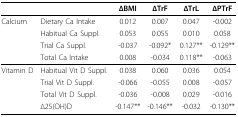
<table><thead><tr><td></td><td></td><td><b>ΔBMI</b></td><td><b>ΔTrF</b></td><td><b>ΔTrL</b></td><td><b>ΔPTrF</b></td></tr></thead><tbody><tr><td>Calcium</td><td>Dietary Ca Intake</td><td>0.012</td><td>0.007</td><td>0.047</td><td>-0.002</td></tr><tr><td></td><td>Habitual Ca Suppl.</td><td>0.053</td><td>0.055</td><td>0.010</td><td>0.058</td></tr><tr><td></td><td>Trial Ca Suppl.</td><td>-0.037</td><td>-0.092*</td><td>0.127**</td><td>-0.129**</td></tr><tr><td></td><td>Total Ca Intake</td><td>0.008</td><td>-0.034</td><td>0.118**</td><td>-0.063</td></tr><tr><td>Vitamin D</td><td>Habitual Vit D Suppl.</td><td>0.038</td><td>0.060</td><td>0.036</td><td>0.054</td></tr><tr><td></td><td>Trial Vit D Suppl.</td><td>-0.066</td><td>-0.055</td><td>0.008</td><td>-0.057</td></tr><tr><td></td><td>Total Vit D Suppl.</td><td>-0.036</td><td>-0.008</td><td>0.029</td><td>-0.016</td></tr><tr><td></td><td>Δ25(OH)D</td><td>-0.147**</td><td>-0.146**</td><td>-0.032</td><td>-0.130**</td></tr></tbody></table>